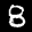
Label: 8